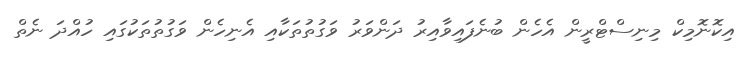
އިކޮނޮމިކް މިނިސްޓްރީން އެހެން ބުނެފައިވާއިރު ދަންވަރު ވަގުތުތަކާއި އެެނިހެން ވަގުތުތަކުގައި ހުއްދަ ނެތް